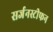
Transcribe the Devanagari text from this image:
सर्जनस्टीफन